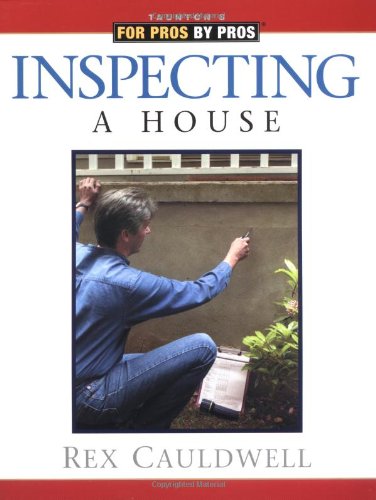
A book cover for Inspecting a House (For Pros By Pros); Rex Cauldwell; Business & Money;